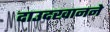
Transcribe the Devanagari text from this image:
दाउदखानने